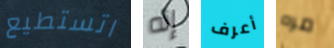
اتستطيع إنه أعرف مره